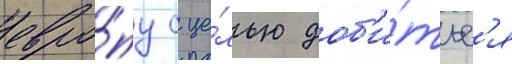
евро́пу с це́лью доб'и́тьс'я